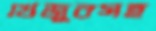
খেজুরসহ